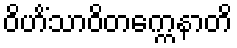
ဝိဟိံသာဝိတက္ကေနာတိ